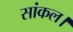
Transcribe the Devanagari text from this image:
सांकल।